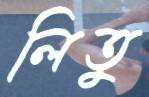
লিতু